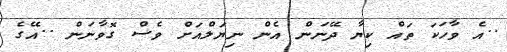
..އެ ވާހަކަ ތައް ކިޔާ ދޭނަން އެން ނިޔަލްއަށް ވެސް ގޮވާނަން ..އޭގެ